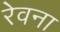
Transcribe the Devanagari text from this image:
रेवना